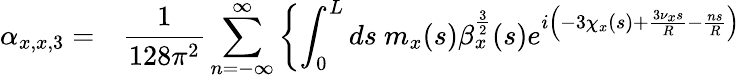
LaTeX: \begin{array}{cl}{\alpha_{x,x,3}=}&{\displaystyle\frac{1}{128\pi^{2}}\displaystyle\sum_{n=-\infty}^{\infty}\left\{ \int_{0}^{L}{ds\ m_{x}(s)\beta_{x}^{\frac{3}{2}}(s)e^{i\left(-3\chi_{x}(s)+\frac{3\nu_{x}s}{R}-\frac{ns}{R}\right)}}\right.}\end{array}